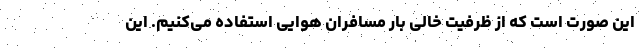
این صورت است که از ظرفیت خالی بار مسافران هوایی استفاده می‌کنیم. این